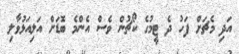
އަދި މެޗަށް ފަހު ދެ ޓީމުގެ ކޯޗުން ވެސް އެންމެ ބޮޑަށް އަލިއަޅުވާލި